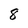
Character: 8